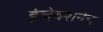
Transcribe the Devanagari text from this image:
इंजेक्शनेच